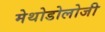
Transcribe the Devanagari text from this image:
मेथोडोलोजी